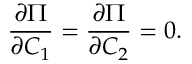
\frac { \partial \Pi } { \partial C _ { 1 } } = \frac { \partial \Pi } { \partial C _ { 2 } } = 0 .